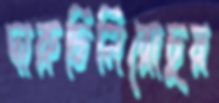
দারুচিনিরোচুয়